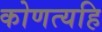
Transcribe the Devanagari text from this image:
कोणत्यहि